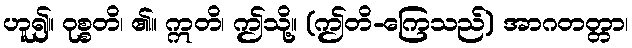
ဟူ၍။ ဝုစ္စတိ၊ ၏။ ဣတိ၊ ဤသို့။ (ဤတိ-ကြေသည်) အာဂတတ္တာ၊